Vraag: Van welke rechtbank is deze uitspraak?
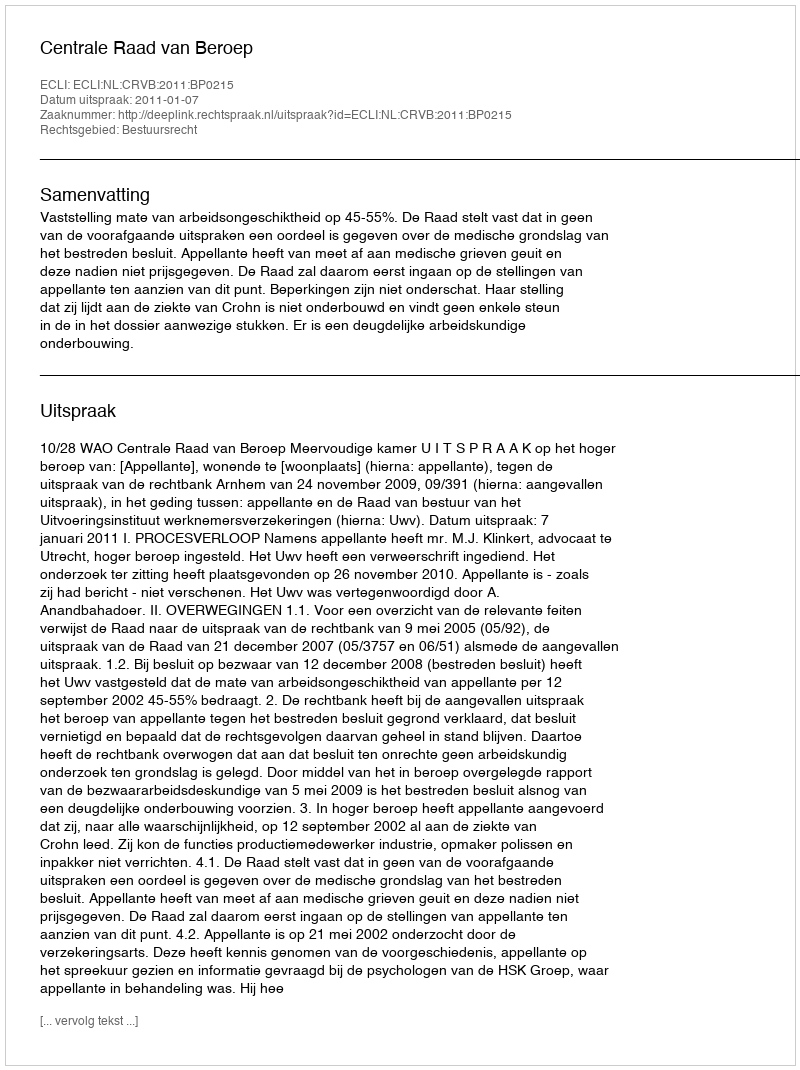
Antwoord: Centrale Raad van Beroep